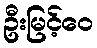
ဦးမြင့်ဝေ